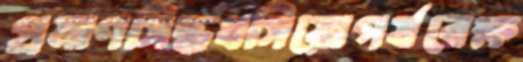
প্রমাণসিদ্ধধসিয়োপর্যবেক্ষ